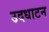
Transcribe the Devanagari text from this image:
उदधाटन